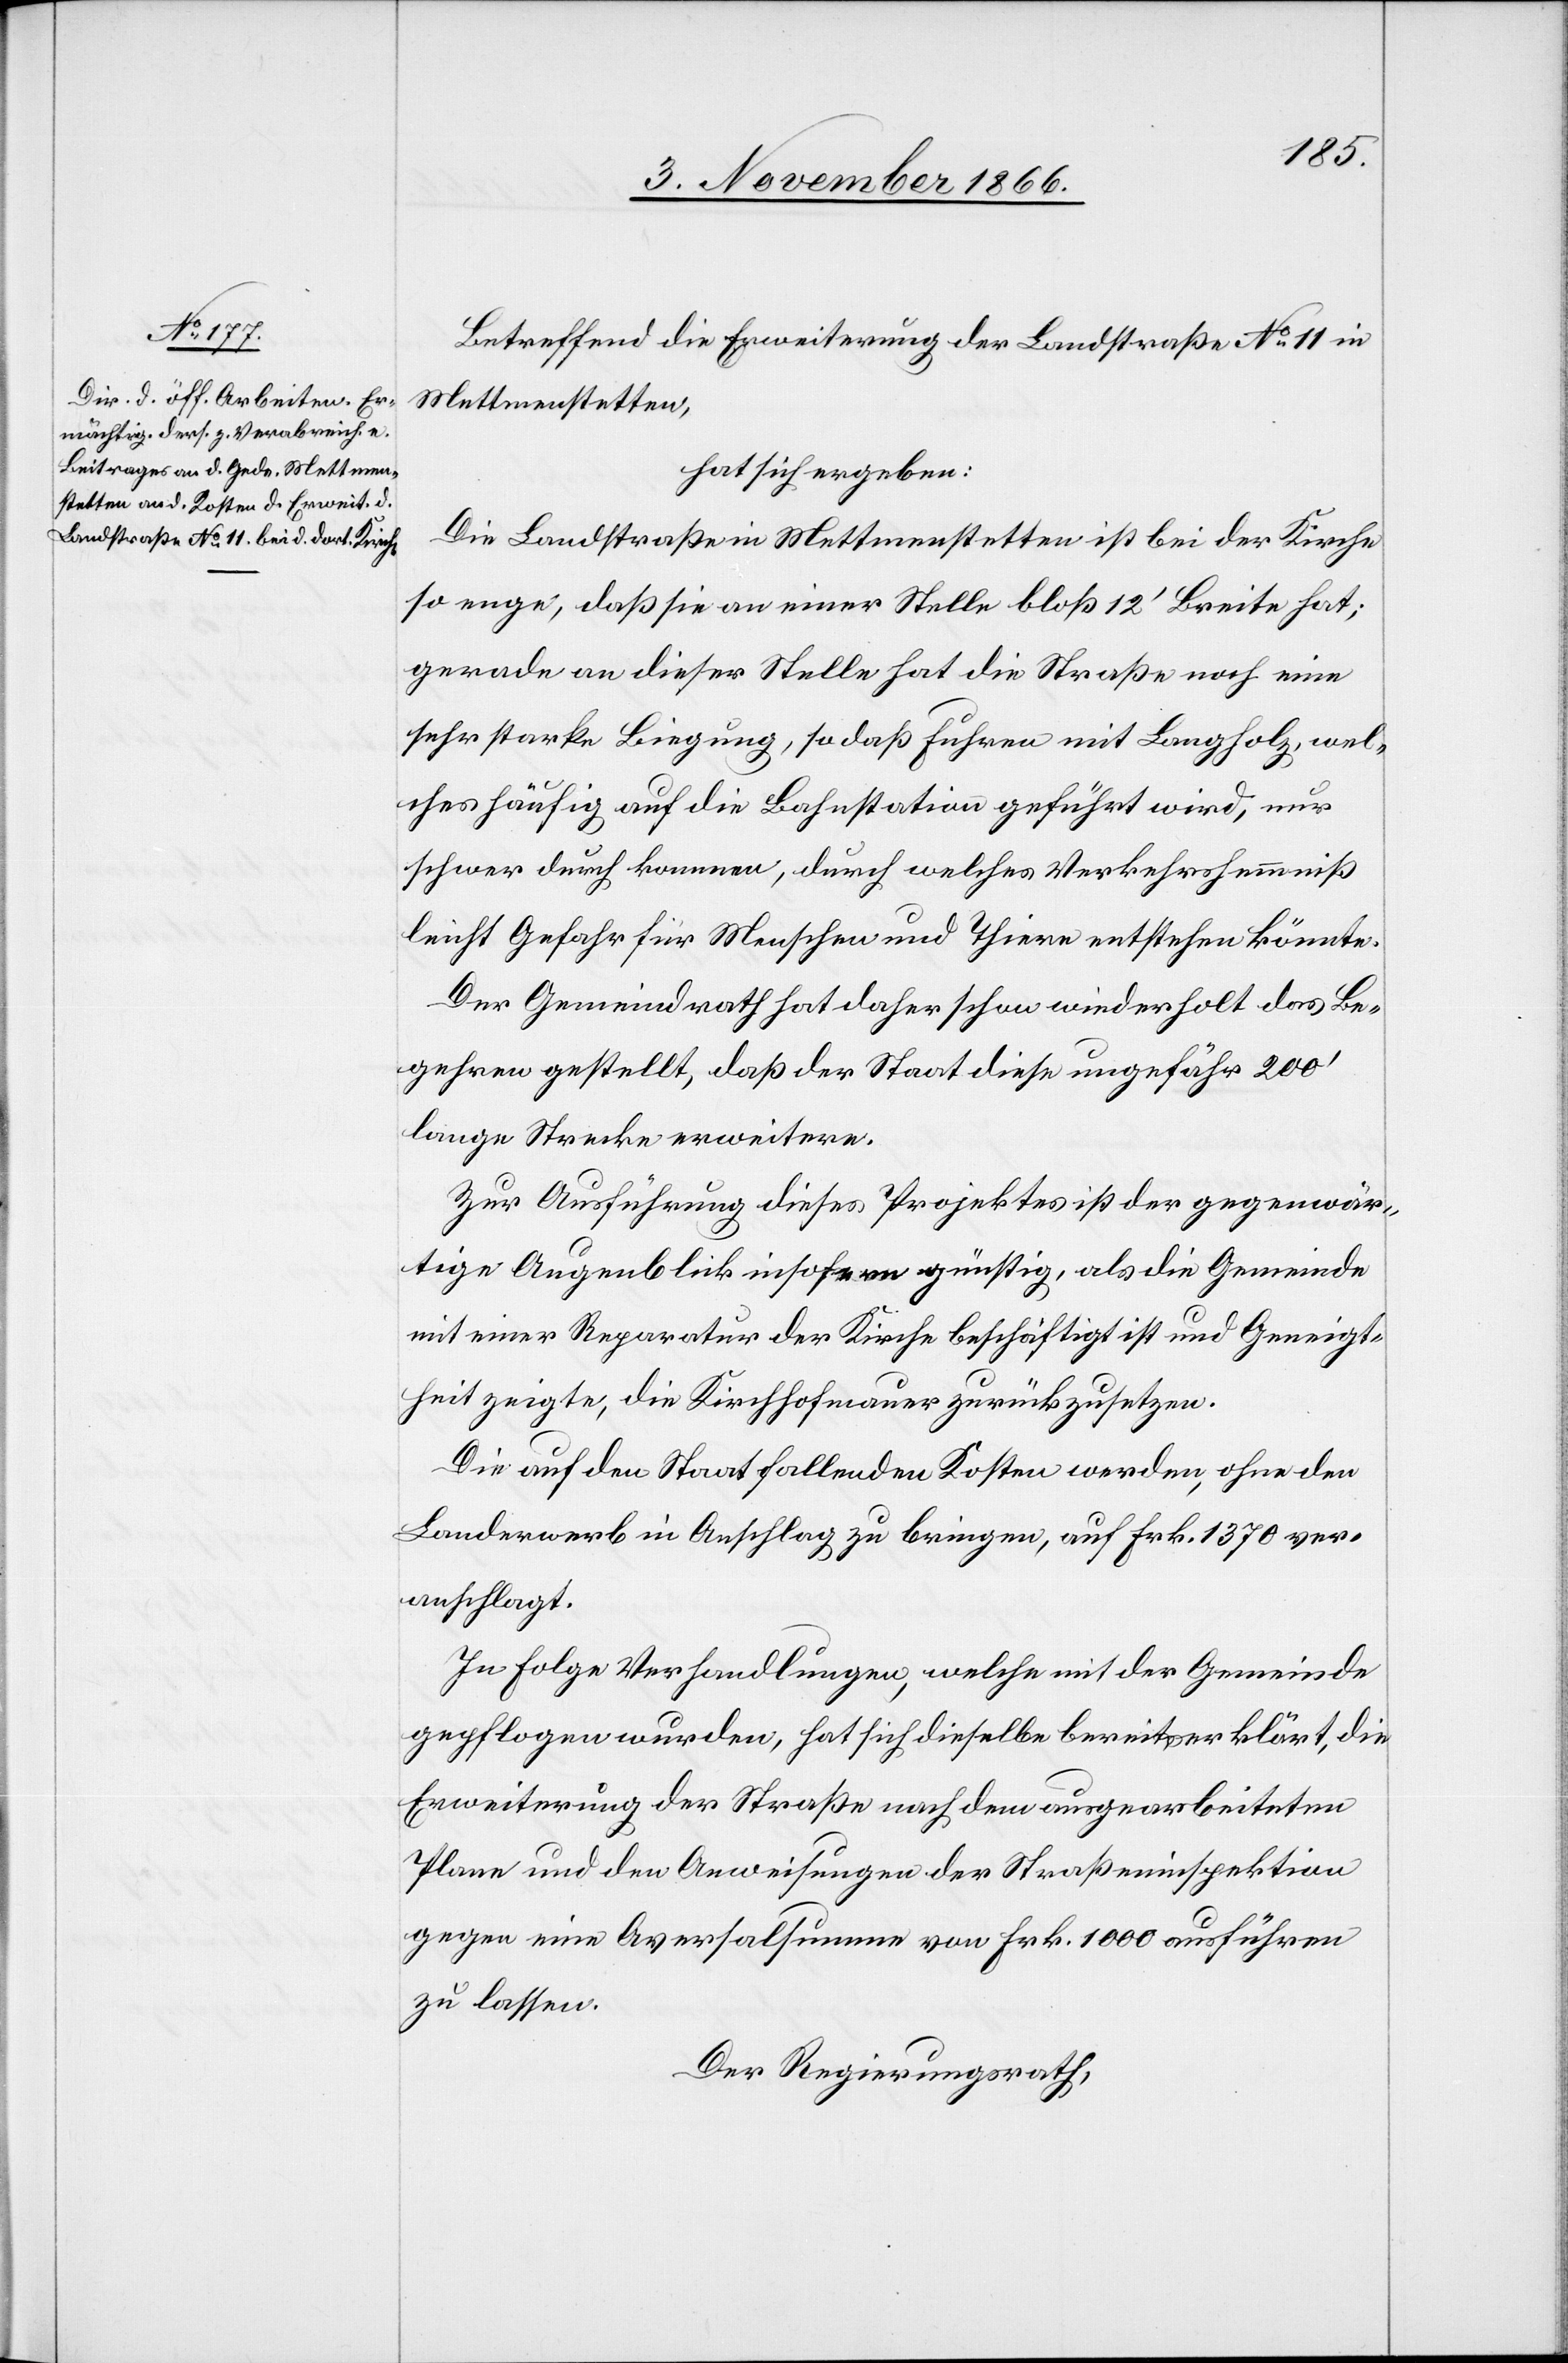
Betreffend die Erweiterung der Landstraße No. 11 in
Mettmenstetten,
hat sich ergeben:
Die Landstraße Mettmenstetten ist bei der Kirche
so enge, daß sie an einer Stelle bloß 12‘ Breite hat;
gerade an dieser Stelle hat die Straße noch eine
sehr starke Biegung, so daß Fuhren mit Langholz, wel¬
ches häufig auf die Bahnstation geführt wird, nur
schwer durch kommen, durch welches Verkehrshemmniß
leicht Gefahr für Menschen und Thiere entstehen könnte.
Der Gemeindrath hat daher schon wiederholt das Be¬
gehren gestellt, daß der Staat diese ungefähr 200‘
lange Strecke erweitere.
Zur Ausführung dieses Projektes ist der gegenwär¬
tige Augenblick insofern günstig, als die Gemeinde
mit einer Reparatur der Kirche beschäftigt ist und Geneigt¬
heit zeigte, die Kirchhofmauer zurückzusetzen.
Die auf den Staat fallenden Kosten werden, ohne den
Landerwerb in Anschlag zu bringen, auf Frk. 1370 ver¬
anschlagt.
In Folge Verhandlungen, welche mit der Gemeinde
gepflogen wurden, hat sich dieselbe bereit erklärt, die
Erweiterung der Straße nach dem ausgearbeiteten
Plane und den Anweisungen der Straßeninspektion
gegen eine Aversalsumme von Frk. 1000 ausführen
zu lassen.
Der Regierungsrath,